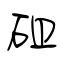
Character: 砠